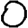
Digit: 0